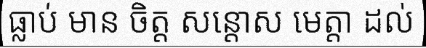
ធ្លាប់ មាន ចិត្ត សន្តោស មេត្តា ដល់